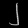
Digit: ၂